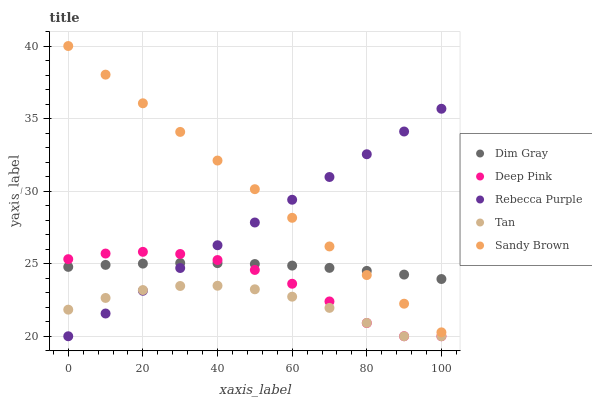
| xaxis_label | Dim Gray | Deep Pink | Rebecca Purple | Tan | Sandy Brown |
 | --- | --- | --- | --- | --- | --- |
 | 0 | 24.8 | 25.3 | 20 | 21.8 | 40 |
 | 10 | 24.9 | 25.7 | 21.6 | 22.6 | 38 |
 | 20 | 25 | 25.8 | 23.1 | 23.2 | 36.1 |
 | 30 | 25 | 25.7 | 24.7 | 23.5 | 34.1 |
 | 40 | 25 | 25.3 | 26.3 | 23.5 | 32.1 |
 | 50 | 25 | 24.6 | 27.8 | 23.2 | 30.1 |
 | 60 | 24.9 | 23.6 | 29.4 | 22.7 | 28.2 |
 | 70 | 24.7 | 22.4 | 31 | 22 | 26.2 |
 | 80 | 24.5 | 20.9 | 32.5 | 20.9 | 24.2 |
 | 90 | 24.2 | 20 | 34.1 | 20 | 22.2 |
 | 100 | 23.9 | 20 | 35.7 | 20 | 20.3 |